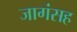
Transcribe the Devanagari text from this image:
जागंसह